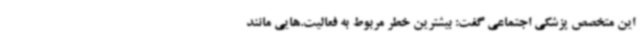
این متخصص پزشکی اجتماعی گفت: بیشترین خطر مربوط به فعالیت.هایی مانند